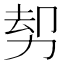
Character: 𠡺